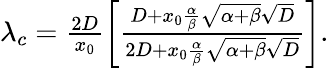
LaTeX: \begin{array}{r}{\lambda_{c}=\frac{2D}{x_{0}}\left[\frac{D+x_{0}\frac{\alpha}{\beta}\sqrt{\alpha+\beta}\sqrt{D}}{2D+x_{0}\frac{\alpha}{\beta}\sqrt{\alpha+\beta}\sqrt{D}}\right].}\end{array}